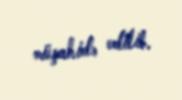
müşahidə edilib.